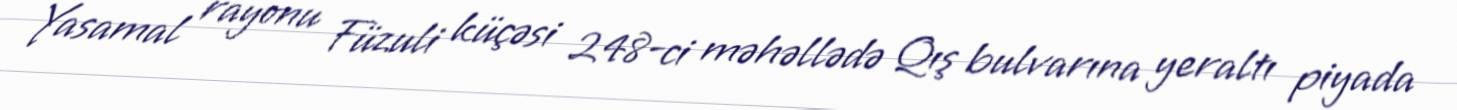
Yasamal rayonu Füzuli küçəsi 248-ci məhəllədə Qış bulvarına yeraltı piyada